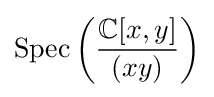
\operatorname {Spec} \left({\frac {\mathbb {C} [x,y]}{(xy)}}\right)